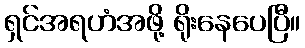
ရှင်အရဟံအဖို့ ရိုးနေပေပြီ။